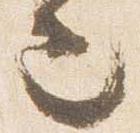
也